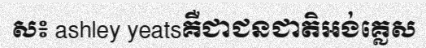
ស៖ ashley yeatsគឺជាជនជាតិអង់គ្លេស